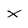
Character: x